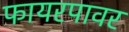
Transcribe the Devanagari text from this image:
फायरपावर